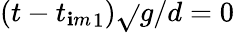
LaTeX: (t-{t_{\mathbf{i}m}}_{1})\sqrt{}{{g/d}}=0